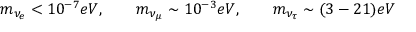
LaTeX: m _ { \nu _ { e } } < 1 0 ^ { - 7 } e V , \qquad m _ { \nu _ { \mu } } \sim 1 0 ^ { - 3 } e V , \qquad m _ { \nu _ { \tau } } \sim ( 3 - 2 1 ) e V